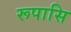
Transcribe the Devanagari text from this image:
रूपासि